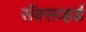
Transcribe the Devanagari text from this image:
सॅक्सव्हर्ड